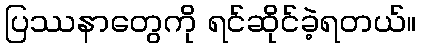
ပြဿနာတွေကို ရင်ဆိုင်ခဲ့ရတယ်။